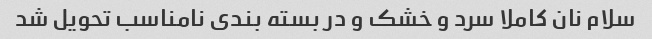
سلام نان کاملا سرد و خشک و در بسته بندی نامناسب تحویل شد